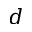
d